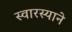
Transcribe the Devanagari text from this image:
स्वारस्याने